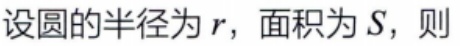
设圆的半径为\(r\)，面积为\(S\)，则